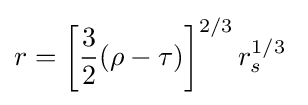
r=\left[{\frac {3}{2}}(\rho -\tau )\right]^{2/3}r_{s}^{1/3}\;